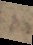
e